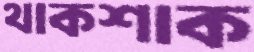
থাকশাক